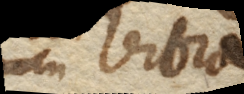
vibra-